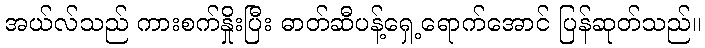
အယ်လ်သည် ကားစက်နှိုးပြီး ဓာတ်ဆီပန့်ရှေ့ရောက်အောင် ပြန်ဆုတ်သည်။